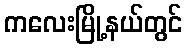
ကလေးမြို့နယ်တွင်